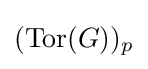
(\mathrm {Tor} (G))_{p}